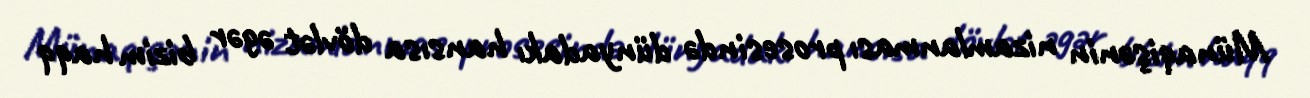
Münaqişənin nizamlanması prosesində dünyadakı hansısa dövlət əgər bizim haqq